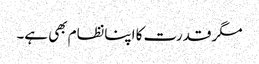
مگر قدرت کا اپنانظام بھی ہے۔